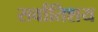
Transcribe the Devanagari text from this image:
सर्वातिशय